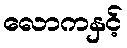
လောကနှင့်